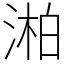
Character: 湐